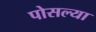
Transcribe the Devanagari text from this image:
पोसल्या